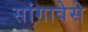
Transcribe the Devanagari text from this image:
सांगावेसे